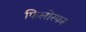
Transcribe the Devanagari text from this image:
फिलोस्फर्स